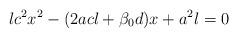
LaTeX: \begin{align*}lc^2x^2-(2acl+\beta_0d)x+a^2l=0\end{align*}